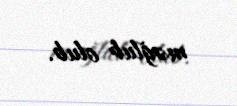
məğlub olub.